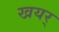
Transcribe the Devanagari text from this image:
खयर्